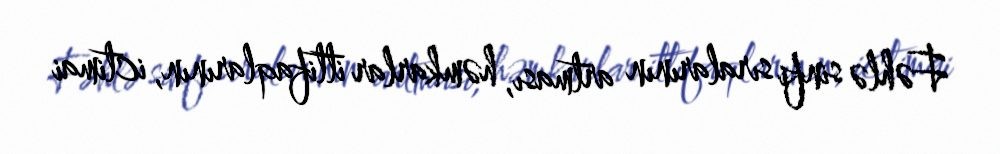
Fəhlə sinfi sıralarının artması, həmkarlar ittifaqlarının, ictimai